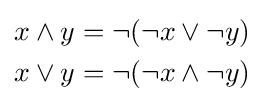
{\begin{aligned}x\wedge y&=\neg (\neg x\vee \neg y)\\x\vee y&=\neg (\neg x\wedge \neg y)\end{aligned}}